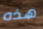
هذه